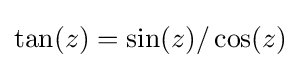
\tan(z)=\sin(z)/\cos(z)